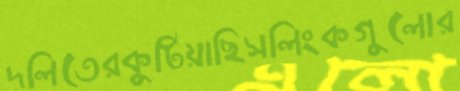
দলিতেরকুটিয়াছিসলিংকগুলোর